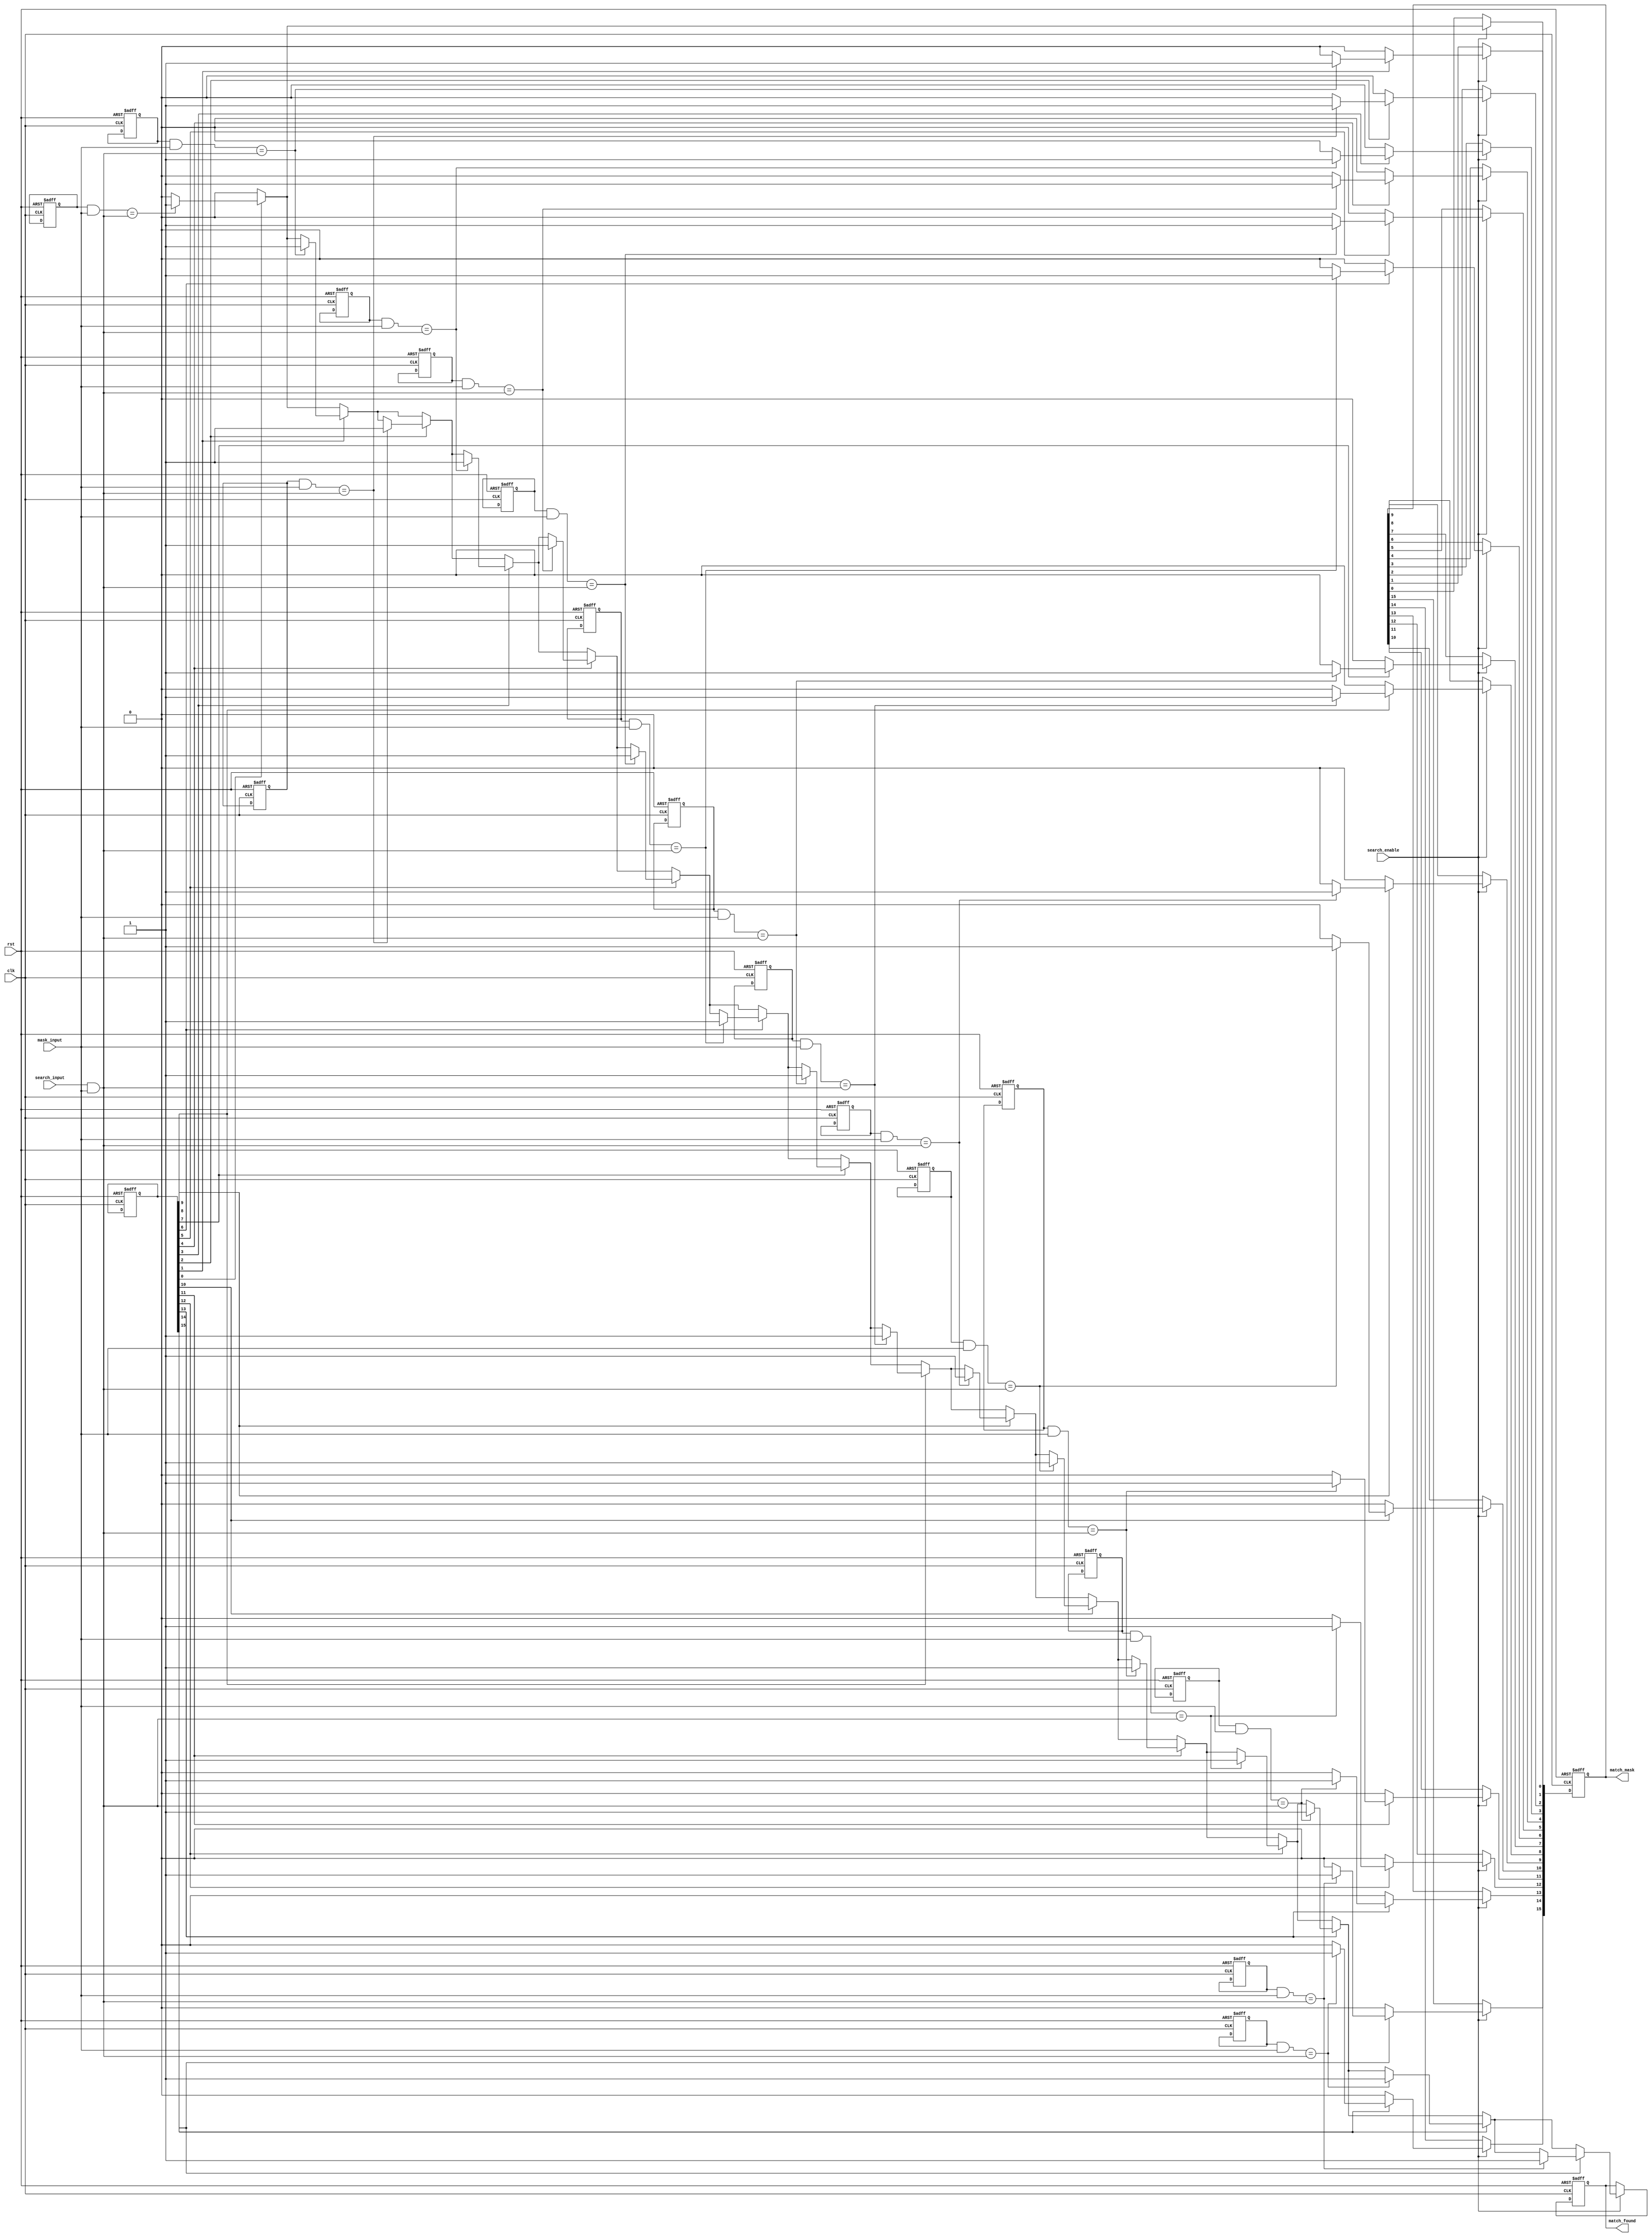
module column_based_cam #(
    parameter NUM_ENTRIES = 16, // Number of entries in the CAM
    parameter DATA_WIDTH = 8     // Width of each entry in bits
)(
    input wire clk,                   // Clock signal
    input wire rst,                   // Reset signal
    input wire [DATA_WIDTH-1:0] search_input,  // Input search vector
    input wire [DATA_WIDTH-1:0] mask_input,    // Mask input to specify valid bits
    input wire search_enable,          // Control signal to initiate search
    output reg [NUM_ENTRIES-1:0] match_mask,   // Output match results
    output reg match_found             // Indicate if a match was found
);

    // Memory array definition
    reg [DATA_WIDTH-1:0] memory [0:NUM_ENTRIES-1]; // Memory cells to store data
    reg [NUM_ENTRIES-1:0] valid;                     // Valid flags for each entry

    integer i;

    // Initialize memory and valid flags on reset
    always @(posedge clk or posedge rst) begin
        if (rst) begin
            match_mask <= 0;
            match_found <= 0;
            for (i = 0; i < NUM_ENTRIES; i = i + 1) begin
                memory[i] <= 0;
                valid[i] <= 0;
            end
        end
        else if (search_enable) begin
            match_found <= 0;
            match_mask <= 0;

            // Perform search operation across all entries
            for (i = 0; i < NUM_ENTRIES; i = i + 1) begin
                if (valid[i]) begin // Only check valid entries
                    if ((memory[i] & mask_input) == (search_input & mask_input)) begin
                        match_mask[i] <= 1; // Set match for this entry
                        match_found <= 1;    // At least one match found
                    end
                    else begin
                        match_mask[i] <= 0; // No match for this entry
                    end
                end
            end
        end
    end

    // Procedure to write data into the CAM
    // This is a placeholder; you will need additional control signals for write operations
    task write_entry(input [DATA_WIDTH-1:0] data, input [NUM_ENTRIES-1:0] index);
        begin
            if (index < NUM_ENTRIES) begin
                memory[index] <= data;
                valid[index] <= 1; // Mark this entry as valid
            end
        end
    endtask

endmodule